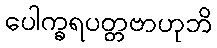
ပေါက္ခရပတ္တဗာဟုဘိ